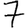
Digit: 7